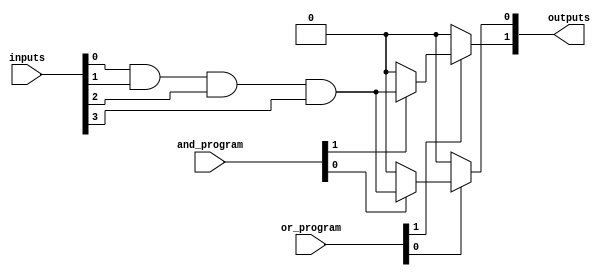
module fuse_based_PLA #(
    parameter NUM_INPUTS = 4,      // Number of input signals
    parameter NUM_PRODUCT_TERMS = 4,// Number of product terms
    parameter NUM_OUTPUTS = 2       // Number of output signals
)(
    input wire [NUM_INPUTS-1:0] inputs,           // Input signals
    input wire [NUM_PRODUCT_TERMS-1:0] and_program, // AND array programming signals
    input wire [NUM_OUTPUTS-1:0] or_program,       // OR array programming signals
    output reg [NUM_OUTPUTS-1:0] outputs           // Output signals
);

// Internal wires for product terms
wire [NUM_PRODUCT_TERMS-1:0] product_terms;

// AND Array Logic
genvar i, j;
generate
    for (i = 0; i < NUM_PRODUCT_TERMS; i = i + 1) begin : and_array
        wire [NUM_INPUTS-1:0] and_inputs;
        assign and_inputs = {inputs[NUM_INPUTS-1], inputs[NUM_INPUTS-2], inputs[NUM_INPUTS-3], inputs[NUM_INPUTS-4]}; // Direct inputs
        assign product_terms[i] = (and_program[i]) ? 
            (and_inputs[0] & and_inputs[1] & and_inputs[2] & and_inputs[3]) : 1'b0; // Example: AND all inputs if programmed
    end
endgenerate

// OR Array Logic
integer k;
always @(*) begin
    for (k = 0; k < NUM_OUTPUTS; k = k + 1) begin
        outputs[k] = 1'b0; // Initialize output
        if (or_program[k]) begin
            outputs[k] = outputs[k] | product_terms[k]; // OR the selected product terms
        end
    end
end

endmodule